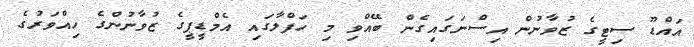
އައްޑޫ ސިޓީގެ ޒުވާނުން އިސްނަގައިގެން ބޭއްވި މި ހަފްލާގައި އެމްޑީޕީގެ ޒުވާނުންގެ ހިއްވަރުގެ